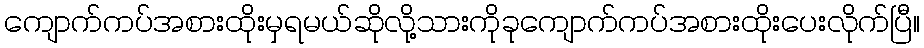
ကျောက်ကပ်အစားထိုးမှရမယ်ဆိုလို့သားကိုခုကျောက်ကပ်အစားထိုးပေးလိုက်ပြီ။